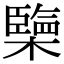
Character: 㯺